Annual administration report of the Civil Veterinary Department of India - 1894-1895
Year: 1894
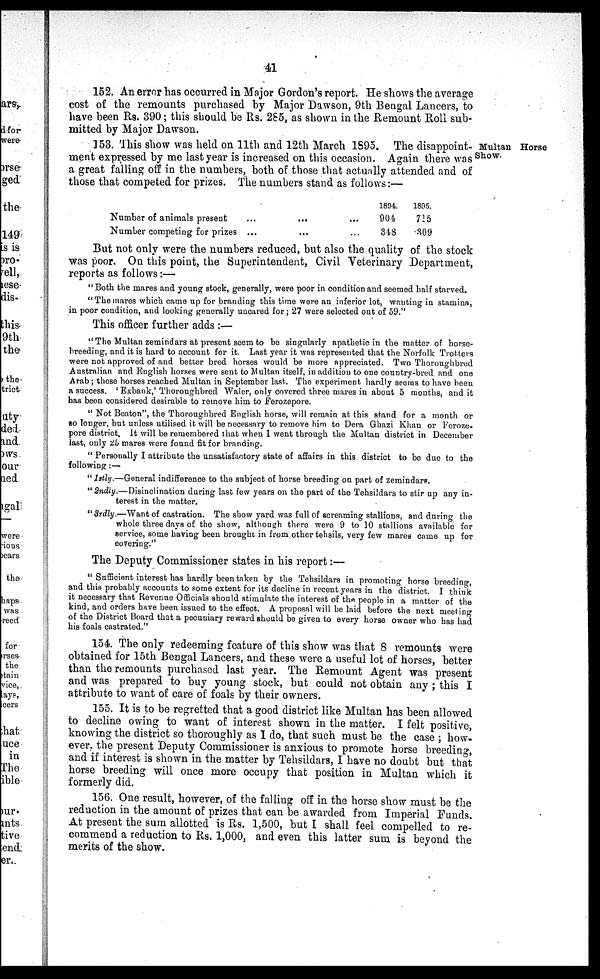
41
152. An error has occurred in Major Gordon's report. He shows the average
cost of the remounts purchased by Major Dawson, 9th Bengal Lancers, to
have been Rs. 390; this should be Rs. 285, as shown in the Remount Roll sub-
mitted by Major Dawson.
Multan Horse
Show.
153. This show was held on 11th and 12th March 1895. The disappoint-
ment expressed by me last year is increased on this occasion. Again there was
a great falling off in the numbers, both of those that actually attended and of
those that competed for prizes. The numbers stand as follows:—
Number of animals present
Number competing for prizes
...
...
...
...
...
...
1894.
904
348
1895.
715
309
But not only were the numbers reduced, but also the quality of the stock
was poor. On this point, the Superintendent, Civil Veterinary Department,
reports as follows:—
"Both the mares and young stock, generally, were poor in condition and seemed half starved.
"The mares which came up for branding this time were an inferior lot, wanting in stamina,
in poor condition, and looking generally uncared for; 27 were selected out of 59."
This officer further adds :—
"The Multan zemindars at present seem to be singularly apathetic in the matter of horse-
breeding, and it is hard to account for it. Last year it was represented that the Norfolk Trotters
were not approved of and better bred horses would be more appreciated. Two Thoroughbred
Australian and English horses were sent to Multan itself, in addition to one country-bred and one
Arab; these horses reached Multan in September last. The experiment hardly seems to have been
a success. ' Exbank,' Thoroughbred Waler, only covered three mares in about 5 months, and it
has been considered desirable to remove him to Ferozepore.
" Not Beaton", the Thoroughbred English horse, will remain at this stand for a month or
so longer, but unless utilised it will be necessary to remove him to Dera Ghazi Khan or Feroze-
pore district. It will be remembered that when I went through the Multan district in December
last, only 25 mares were found fit for branding.
" Personally I attribute the unsatisfactory state of affairs in this district to be due to the
following:—
" 1stly.—General indifference to the subject of horse breeding on part of zemindars.
" 2ndly.—Disinclination during last few years on the part of the Tehsildars to stir up any in-
terest in the matter.
" 3rdly.—Want of castration. The show yard was full of screaming stallions, and during the
whole three days of the show, although there were 9 to 10 stallions available for
service, some having been brought in from other tehsils, very few mares came up for
covering."
The Deputy Commissioner states in his report:—
" Sufficient interest has hardly been taken by the Tehsildars in promoting horse breeding,
and this probably accounts to some extent for its decline in recent years in the district. I think
it necessary that Revenue Officials should stimulate the interest of the people in a matter of the
kind, and orders have been issued to the effect. A proposal will be laid before the next meeting
of the District Board that a pecuniary reward should be given to every horse owner who has had
his foals castrated."
154. The only redeeming feature of this show was that 8 remounts were
obtained for 15th Bengal Lancers, and these were a useful lot of horses, better
than the remounts purchased last year. The Remount Agent was present
and was prepared to buy young stock, but could not obtain any; this I
attribute to want of care of foals by their owners.
155. It is to be regretted that a good district like Multan has been allowed
to decline owing to want of interest shown in the matter. I felt positive,
knowing the district so thoroughly as I do, that such must be the case ; how-
ever, the present Deputy Commissioner is anxious to promote horse breeding,
and if interest is shown in the matter by Tehsildars, I have no doubt but that
horse breeding will once more occupy that position in Multan which it
formerly did.
156. One result, however, of the falling off in the horse show must be the
reduction in the amount of prizes that can be awarded from Imperial Funds.
At present the sum allotted is Rs. 1,500, but I shall feel compelled to re-
commend a reduction to Rs. 1,000, and even this latter sum is beyond the
merits of the show.